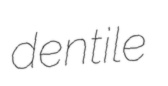
dentile